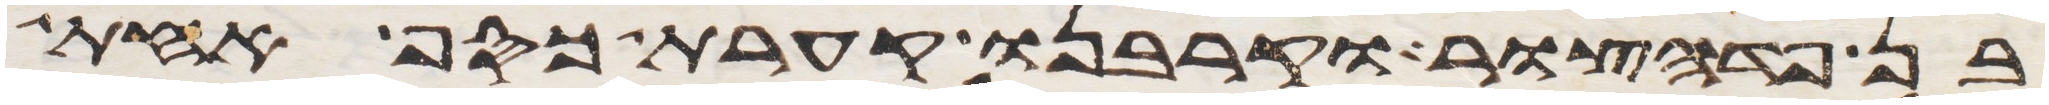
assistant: בן פדהצור וקרבנו קערת כסף אחת